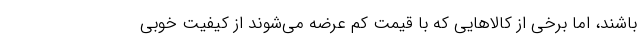
باشند، اما برخی از کالاهایی که با قیمت کم عرضه می‌شوند از کیفیت خوبی